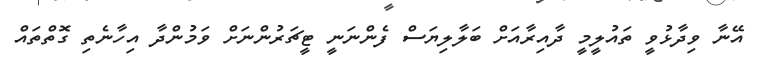
އޭނާ ވިދާޅުވީ ތައުލީމީ ދާއިރާއަށް ބަލާލިޔަސް ފެންނަނީ ޓީޗަރުންނަށް ވަމުންދާ އިހާނެތި ގޮތްތައް